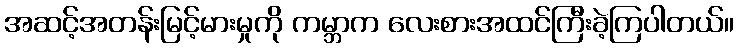
အဆင့်အတန်းမြင့်မားမှုကို ကမ္ဘာက လေးစားအထင်ကြီးခဲ့ကြပါတယ်။